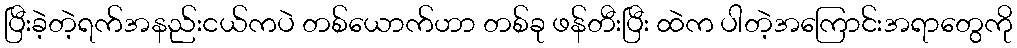
ပြီးခဲ့တဲ့ရက်အနည်းငယ်ကပဲ တစ်ယောက်ဟာ တစ်ခု ဖန်တီးပြီး ထဲက ပါတဲ့အကြောင်းအရာတွေကို